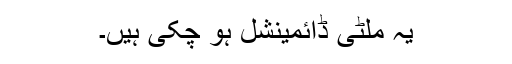
یہ ملٹی ڈائمینشل ہو چکی ہیں۔